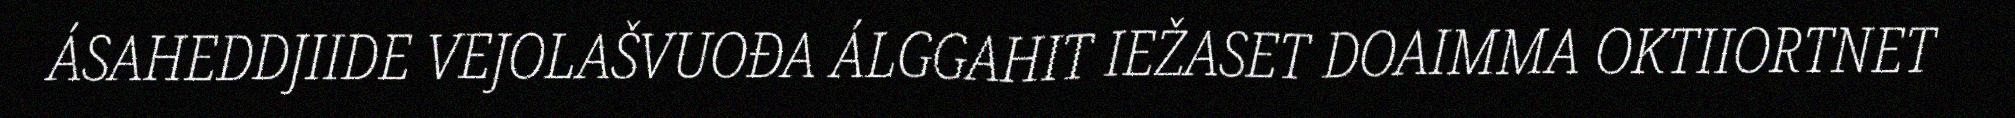
ÁSAHEDDJIIDE VEJOLAŠVUOĐA ÁLGGAHIT IEŽASET DOAIMMA OKTIIORTNET